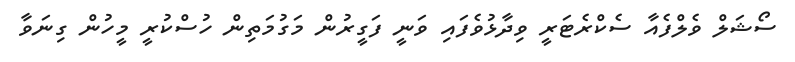
ސޯޝަލް ވެލްފެއާ ސެކްރެޓަރީ ވިދާޅުވެފައި ވަނީ ފަގީރުން މަގުމަތިން ހުސްކުރީ މީހުން ގިނަވާ